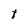
Character: t